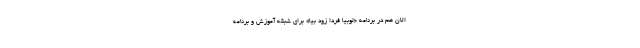
الان هم در برنامه «لوبیا فردا زود بیا» برای شبکه آموزش و برنامه‌